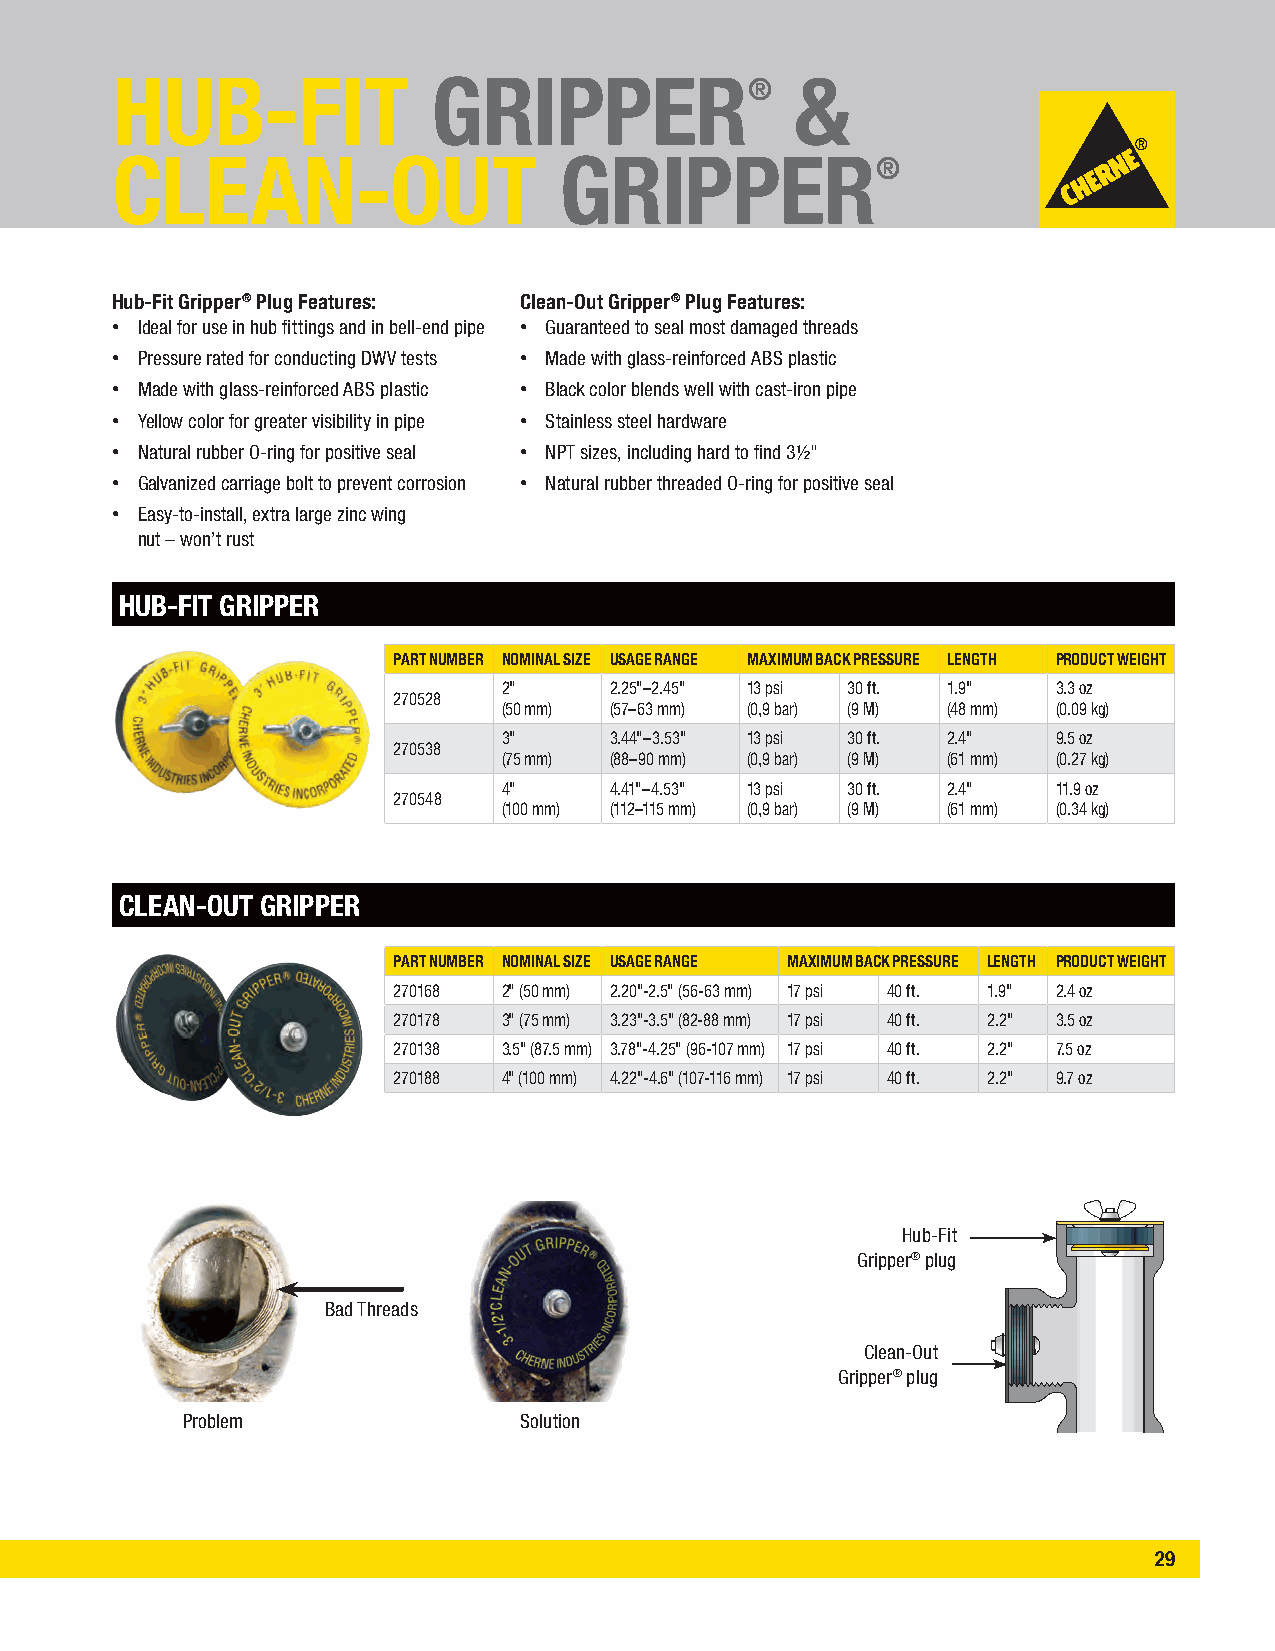
HUB-FIT               GRIPPER®                &
 CLEAN-OUT                     GRIPPER®
 Hub-Fit Gripper® Plug Features: Clean-Out Gripper® Plug Features:
 • Ideal for use in hub fittings and in bell-end pipe • Guaranteed to seal most damaged threads
 • Pressure rated for conducting DWV tests • Made with glass-reinforced ABS plastic
 • Made with glass-reinforced ABS plastic • Black color blends well with cast-iron pipe
 • Yellow color for greater visibility in pipe • Stainless steel hardware
 • Natural rubber O-ring for positive seal • NPT sizes, including hard to find 3½"
 • Galvanized carriage bolt to prevent corrosion • Natural rubber threaded O-ring for positive seal
 • Easy-to-install, extra large zinc wing
 nut – won’t rust
 HUB-FIT GRIPPER
 PART NUMBER NOMINAL SIZE USAGE RANGE MAXIMUM BACK PRESSURE LENGTH PRODUCT WEIGHT
 2"     2.25"–2.45" 13 psi 30 ft. 1.9" 3.3 oz
 270528
 (50 mm) (57–63 mm) (0,9 bar) (9 M) (48 mm) (0.09 kg)
 3"     3.44"–3.53" 13 psi 30 ft. 2.4" 9.5 oz
 270538
 (75 mm) (88–90 mm) (0,9 bar) (9 M) (61 mm) (0.27 kg)
 4"     4.41"–4.53" 13 psi 30 ft. 2.4" 11.9 oz
 270548
 (100 mm) (112–115 mm) (0,9 bar) (9 M) (61 mm) (0.34 kg)
 CLEAN-OUT GRIPPER
 PART NUMBER NOMINAL SIZE USAGE RANGE MAXIMUM BACK PRESSURE LENGTH PRODUCT WEIGHT
 270168 2" (50 mm) 2.20"-2.5" (56-63 mm) 17 psi 40 ft. 1.9" 2.4 oz
 270178 3" (75 mm) 3.23"-3.5" (82-88 mm) 17 psi 40 ft. 2.2" 3.5 oz
 270138 3.5" (87.5 mm) 3.78"-4.25" (96-107 mm) 17 psi 40 ft. 2.2" 7.5 oz
 270188 4" (100 mm) 4.22"-4.6" (107-116 mm) 17 psi 40 ft. 2.2" 9.7 oz
 Hub-Fit
 Gripper® plug
 Bad Threads
 Clean-Out
 Gripper® plug
 Problem               Solution
 29